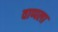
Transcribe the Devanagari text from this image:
वाप्पला